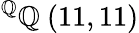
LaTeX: ^{\mathbb{Q}}\mathbb{Q}\ (11,11)